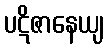
ပဋိဇာနေယျ